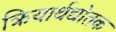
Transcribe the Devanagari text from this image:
क्रियार्थद्योतक